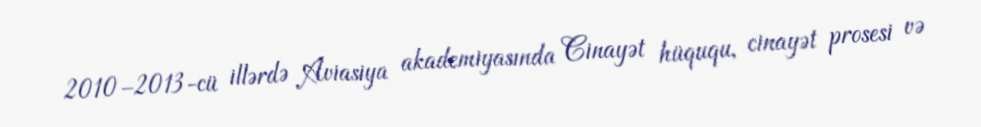
2010–2013-cü illərdə Aviasiya akademiyasında Cinayət hüququ, cinayət prosesi və